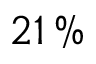
2 1 \, \%